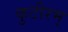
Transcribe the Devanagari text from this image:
कुटीरम्